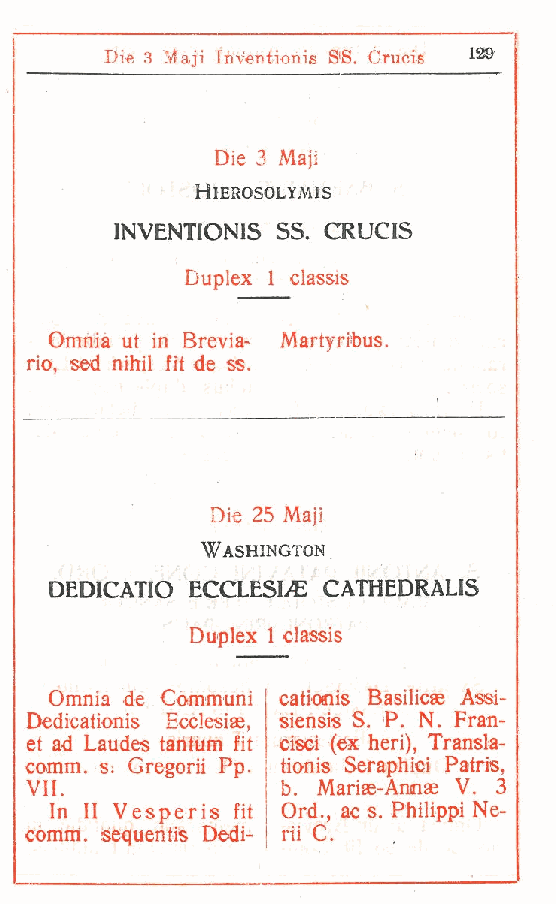
Die 3 Maji Inventionis S'S. Crucis
 Die 3 Maji
 HlEROSOLYMIS
 INVENTIONIS SS. CRUCIS
 Duplex 1 classis
 Omnia ut in Brevia- Martyribus.
 rio, sed nihil fit de ss.
 Die 25 Maji
 Washington
 DEDICATIO ECCLESIA CATHEDRALIS
 Duplex 1 classis
 Omnia de Communi cationis Basilicse Assi-
 Dedicationis Ecclesiae, siensis S. P. N. Fran-
 et ad Laudes tantum fit cisci (ex beri), Transla-
 comm. s. Gregorii Pp. tionis Seraphici Patris,
 VII.             b Marise-Annae V. 3
 .
 In II Vesperis fit \ Ord., ac s. Philippi Ne-
 comm. sequentis Dedi- j ri! C.